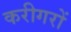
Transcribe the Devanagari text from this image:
करीगरों